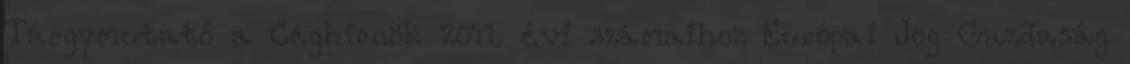
Tárgymutató a Céghírnök 2011. évi számaihoz Európai Jog Gazdaság